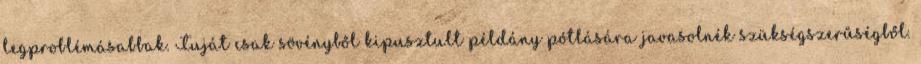
legproblémásabbak. Tuját csak sövényből kipusztult példány pótlására javasolnék szükségszerűségből.